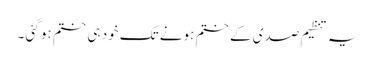
یہ تنظیم صدی کے ختم ہونے تک خود ہی ختم ہو گئی ۔